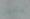
متأخرون